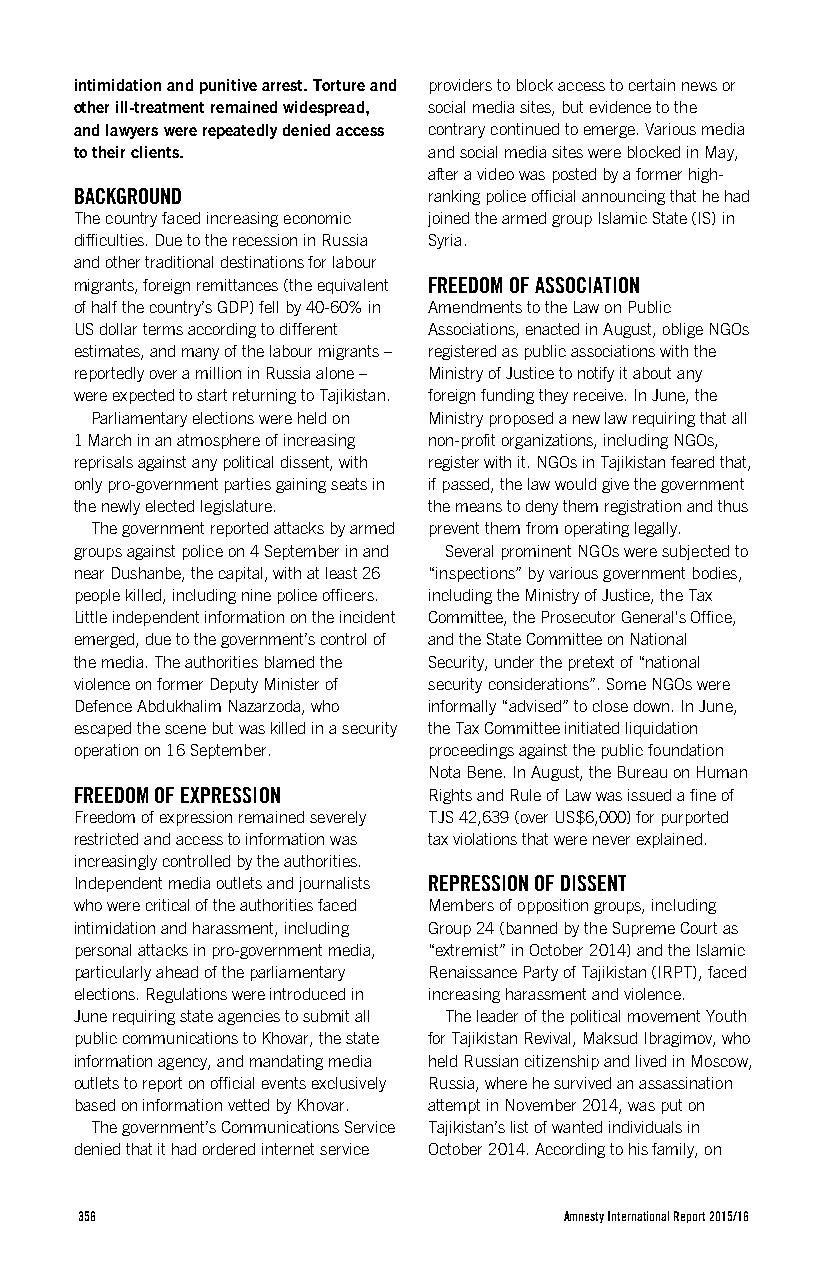
intimidation and punitive arrest. Torture and providers to block access to certain news or
 other ill-treatment remained widespread, social media sites, but evidence to the
 and lawyers were repeatedly denied access contrary continued to emerge. Various media
 to their clients.      and social media sites were blocked in May,
 after a video was posted by a former high-
 BACKGROUND             ranking police official announcing that he had
 The country faced increasing economic joined the armed group Islamic State (IS) in
 difficulties. Due to the recession in Russia Syria.
 and other traditional destinations for labour
 migrants, foreign remittances (the equivalent FREEDOM OF ASSOCIATION
 of half the country’s GDP) fell by 40-60% in Amendments to the Law on Public
 US dollar terms according to different Associations, enacted in August, oblige NGOs
 estimates, and many of the labour migrants – registered as public associations with the
 reportedly over a million in Russia alone – Ministry of Justice to notify it about any
 were expected to start returning to Tajikistan. foreign funding they receive. In June, the
 Parliamentary elections were held on Ministry proposed a new law requiring that all
 1 March in an atmosphere of increasing non-profit organizations, including NGOs,
 reprisals against any political dissent, with register with it. NGOs in Tajikistan feared that,
 only pro-government parties gaining seats in if passed, the law would give the government
 the newly elected legislature. the means to deny them registration and thus
 The government reported attacks by armed prevent them from operating legally.
 groups against police on 4 September in and Several prominent NGOs were subjected to
 near Dushanbe, the capital, with at least 26 “inspections” by various government bodies,
 people killed, including nine police officers. including the Ministry of Justice, the Tax
 Little independent information on the incident Committee, the Prosecutor General's Office,
 emerged, due to the government’s control of and the State Committee on National
 the media. The authorities blamed the Security, under the pretext of “national
 violence on former Deputy Minister of security considerations”. Some NGOs were
 Defence Abdukhalim Nazarzoda, who informally “advised” to close down. In June,
 escaped the scene but was killed in a security the Tax Committee initiated liquidation
 operation on 16 September. proceedings against the public foundation
 Nota Bene. In August, the Bureau on Human
 FREEDOM OF EXPRESSION  Rights and Rule of Law was issued a fine of
 Freedom of expression remained severely TJS 42,639 (over US$6,000) for purported
 restricted and access to information was tax violations that were never explained.
 increasingly controlled by the authorities.
 Independent media outlets and journalists REPRESSION OF DISSENT
 who were critical of the authorities faced Members of opposition groups, including
 intimidation and harassment, including Group 24 (banned by the Supreme Court as
 personal attacks in pro-government media, “extremist” in October 2014) and the Islamic
 particularly ahead of the parliamentary Renaissance Party of Tajikistan (IRPT), faced
 elections. Regulations were introduced in increasing harassment and violence.
 June requiring state agencies to submit all The leader of the political movement Youth
 public communications to Khovar, the state for Tajikistan Revival, Maksud Ibragimov, who
 information agency, and mandating media held Russian citizenship and lived in Moscow,
 outlets to report on official events exclusively Russia, where he survived an assassination
 based on information vetted by Khovar. attempt in November 2014, was put on
 The government’s Communications Service Tajikistan’s list of wanted individuals in
 denied that it had ordered internet service October 2014. According to his family, on
 356                             Amnesty International Report 2015/16